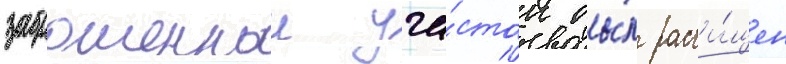
заброшенныи уча́сток бы́л расчи́щен